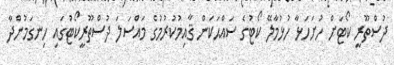
ދުސްތޫރީ ކޯޓަށް ހުށަހަޅާ ހުޅުމާލޭ ކޯޓުގެ ސައްޙަކަން ޤާއިމުކުރުމުގެ މައްސަލަ ދުސްތޫރީކޯޓުގައި ހިނގަމުންދާ